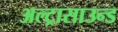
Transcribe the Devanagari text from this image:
अल्ट्रासाउन्ड